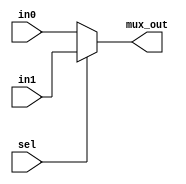
module mux5#(
    parameter width = 5
    )
    (
    input wire [width-1 : 0] in0, in1,
    input wire sel,
    output reg [width-1 : 0] mux_out
    );
    always@(*) begin
        if(sel)
            mux_out = in1;
        else
            mux_out = in0;
    end
endmodule